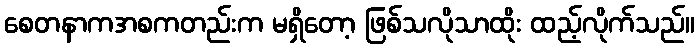
စေတနာကအစကတည်းက မရှိတော့ ဖြစ်သလိုသာထိုး ထည့်လိုက်သည်။